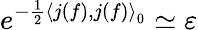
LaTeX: e^{-\frac{1}{2}\left\langle j(f),j(f)\right\rangle_{0}}\simeq\varepsilon